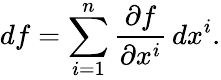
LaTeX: df=\sum_{i=1}^{n}{\frac{\partial f}{\partial x^{i}}}\, dx^{i}.